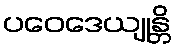
ပဝေဒေယျုန္တိ